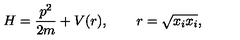
H = \frac { p ^ { 2 } } { 2 m } + V ( r ) , \qquad r = \sqrt { x _ { i } x _ { i } } ,